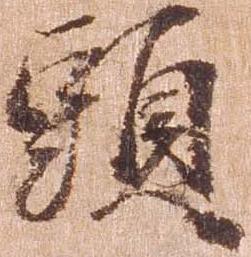
頭